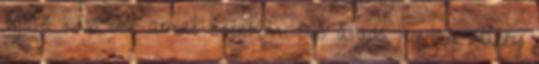
egész késő volt amire beértem. Az átadó, kontra Harry